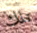
تلك